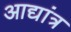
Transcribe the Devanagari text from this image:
आद्यांत्र